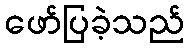
ဖော်ပြခဲ့သည်